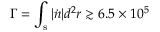
\Gamma = \int _ { \mathrm { s } } | \dot { n } | d ^ { 2 } r \gtrsim 6 . 5 \times 1 0 ^ { 5 }